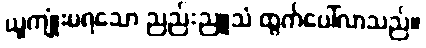
ယူကျုံးမရသော ညည်းညူသံ ထွက်ပေါ်လာသည်။